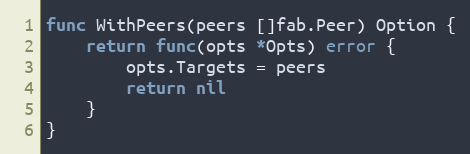
Language: Go
func WithPeers(peers []fab.Peer) Option {
	return func(opts *Opts) error {
		opts.Targets = peers
		return nil
	}
}